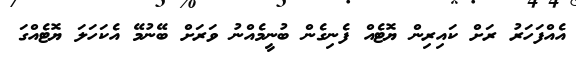
އެއްފަހަރު ރަށް ކައިރިން ޔޮޓެއް ފެނިގެން ބުނީމެއްނު ވަރަށް ބޭނުމޭ އެކަހަލަ ޔޮޓެއްގަ